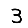
Digit: 3